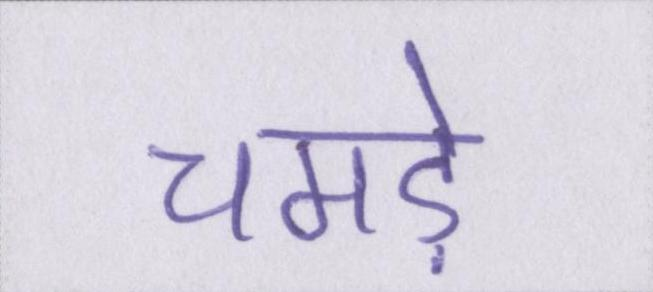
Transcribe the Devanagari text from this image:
चमड़े